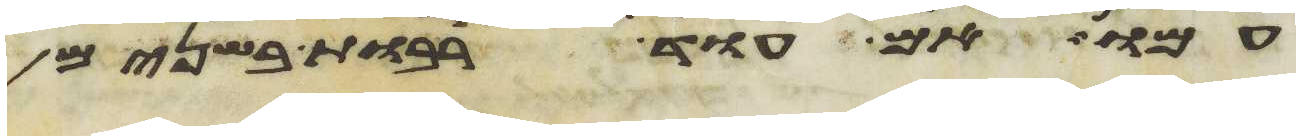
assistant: עמו אם עוד רבות בשנים